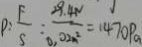
P : \frac { F } { S } = \frac { 2 9 . 4 N } { 0 . 0 2 m ^ { 2 } } = 1 4 7 0 P a